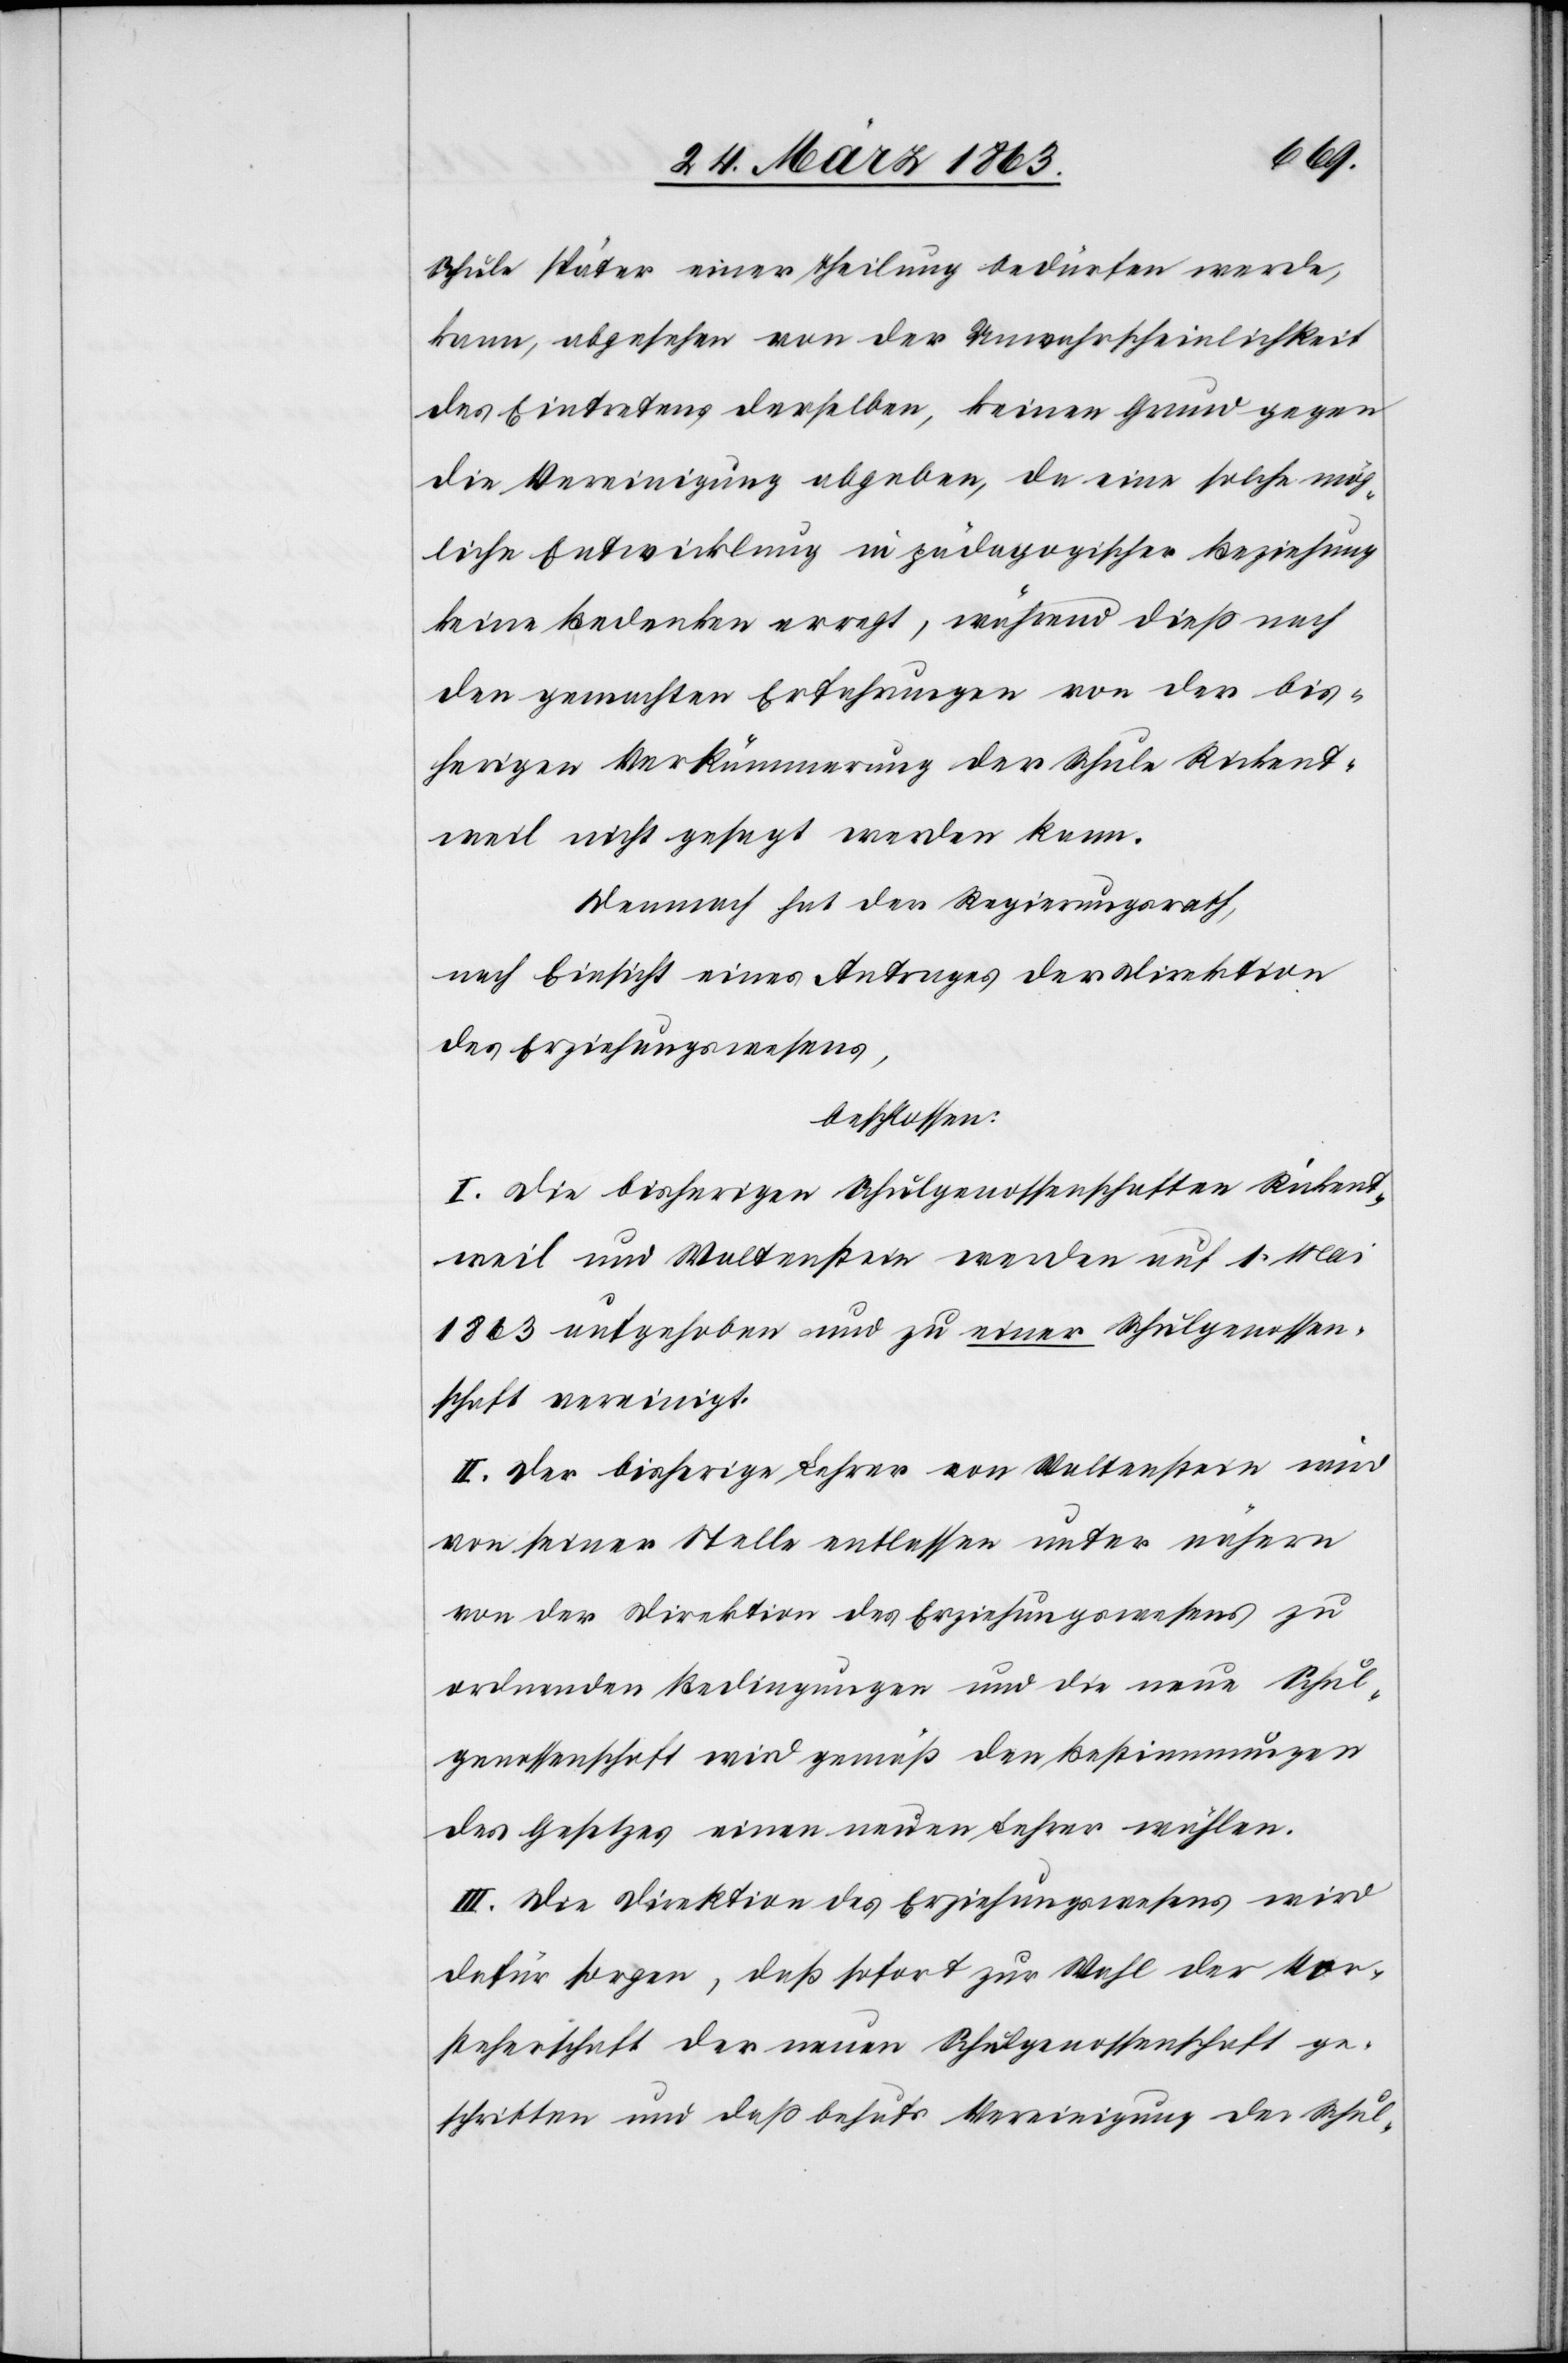
Schule später einer Theilung bedürfen werde,
kann, abgesehen von der Unwahrscheinlichkeit
des Eintretens derselben, keinen Grund gegen
die Vereinigung abgeben, da eine solche mög¬
liche Entwicklung in pädagogischer Beziehung
keine Bedenken erregt, während dieß nach
den gemachten Erfahrungen von der bis¬
herigen Verkümmerung der Schule Rickent¬
weil nicht gesagt werden kann.
Demnach hat der Regierungsrath,
nach Einsicht eines Antrages der Direktion
des Erziehungswesens,
beschlossen:
I. Die bisherige Schulgenossenschaften Rickent¬
weil und Waltenstein werden auf 1. Mai
1863 aufgehoben und zu einer Schulgenossen¬
schaft vereinigt.
II. Der bisherige Lehrer von Waltenstein wird
von seiner Stelle entlassen unter nähern
von der Direktion des Erziehungswesens zu
ordnenden Bedingungen und die neue Schul¬
genossenschaft wird gemäß den Bestimmungen
des Gesetzes einen neuen Lehrer wählen.
III. Die Direktion des Erziehungswesens wird
dafür sorgen, daß sofort zur Wahl der Vor¬
steherschaft der neuen Schulgenossenschaft ge¬
schritten und daß behufs Vereinigung der Schul-